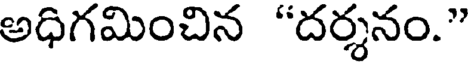
అధిగమించిన "దర్శనం."